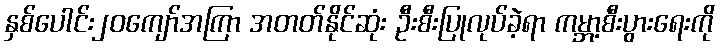
နှစ်ပေါင်း၂၀ကျော်အကြာ အတတ်နိုင်ဆုံး ဦးစီးပြုလုပ်ခဲ့ရာ ကမ္ဘာ့စီးပွားရေးကို